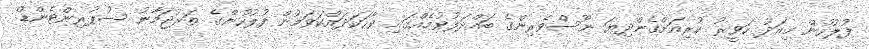
ފުލުހުން މިއަދު ހަވީރު ކުރިއަށްގެންދިޔަ ނޫސްވެރިންގެ ބައްދަލުވުމެއްގައި ވާހަކަދައްކަވަމުން ފުލުހުންގެ ތަރުޖަމާނު ސުޕުރިންޓެންޑް